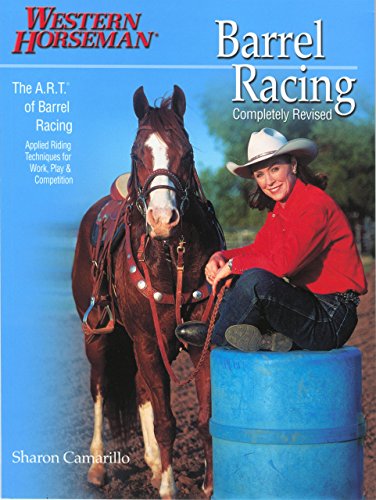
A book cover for Barrel Racing 101: A Complete Program For Horse And Rider; Marlene Mcrae; Sports & Outdoors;